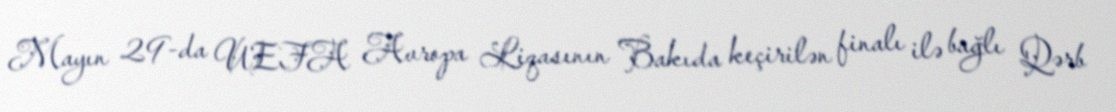
Mayın 29-da UEFA Avropa Liqasının Bakıda keçirilən finalı ilə bağlı Qərb